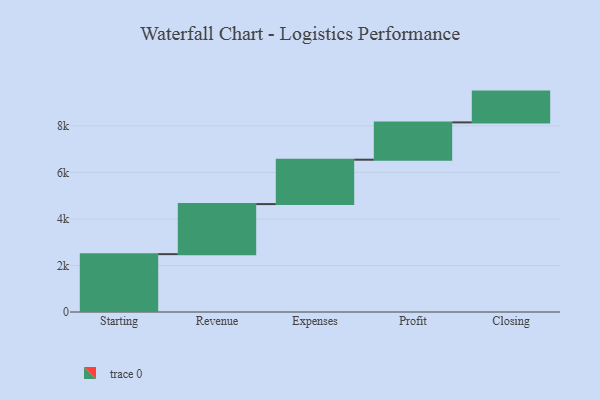
{"axis": {"x": "Step", "y": "Value"}, "legend": [""], "data": [{"x": "Starting", "y": 2486.0, "type": ""}, {"x": "Revenue", "y": 2151.0, "type": ""}, {"x": "Expenses", "y": 1907.0, "type": ""}, {"x": "Profit", "y": 1604.0, "type": ""}, {"x": "Closing", "y": 1323.0, "type": ""}]}